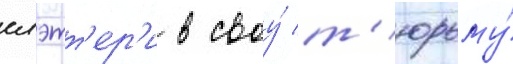
слэтт'ер'и в своу́ т'юрьму́